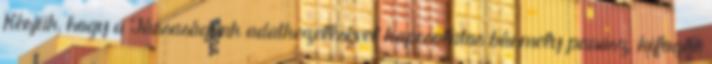
Kérjük, hogy a Társaságunk adatkezelésével kapcsolatos bármely panasz, kifogás